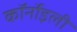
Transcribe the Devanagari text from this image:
कॉर्नोइली